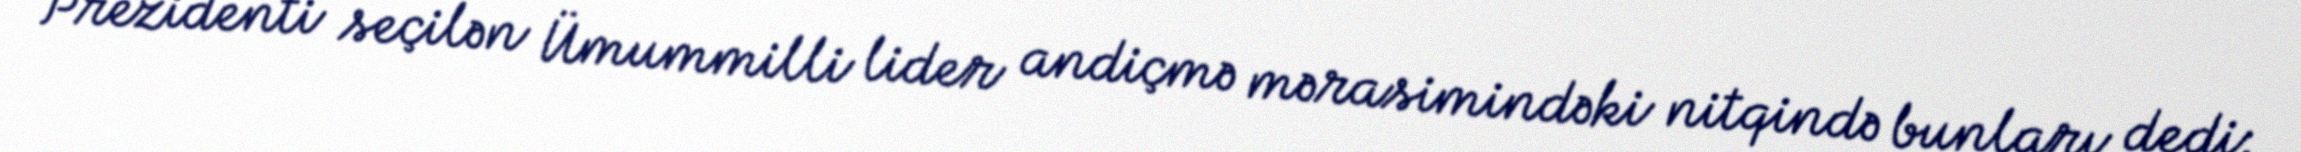
Prezidenti seçilən Ümummilli lider andiçmə mərasimindəki nitqində bunları dedi: